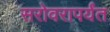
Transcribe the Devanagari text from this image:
सरोवरापर्यंत